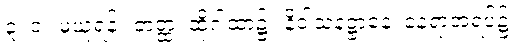
၃၊ ၁။ မှယူရန်။ တတ္ထ၊ ထိုဂါထာ၌။ နိဝါသနဋ္ဌာနေ၊ နေရာအရပ်၌။